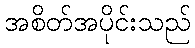
အစိတ်အပိုင်းသည်